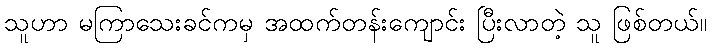
သူဟာ မကြာသေးခင်ကမှ အထက်တန်းကျောင်း ပြီးလာတဲ့ သူ ဖြစ်တယ်။